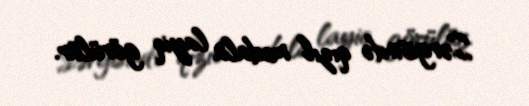
Sərgisində qızıl medala layiq görülür.